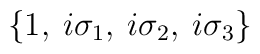
\left\{ 1,\: i\sigma _{1},\: i\sigma _{2},\: i\sigma _{3}\right\}